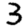
Digit: 3